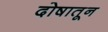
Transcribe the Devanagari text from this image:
दोषातून